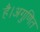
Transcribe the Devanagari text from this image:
है।अगुणित